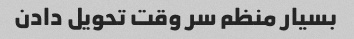
بسیار منظم سر وقت تحویل دادن